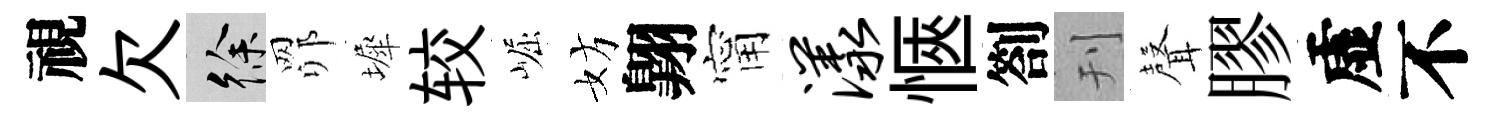
視欠徐𦊑墀较崛妨翺甯漾愜劄刊𮋻膠虚不